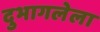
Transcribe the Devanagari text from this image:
दुभागलेला